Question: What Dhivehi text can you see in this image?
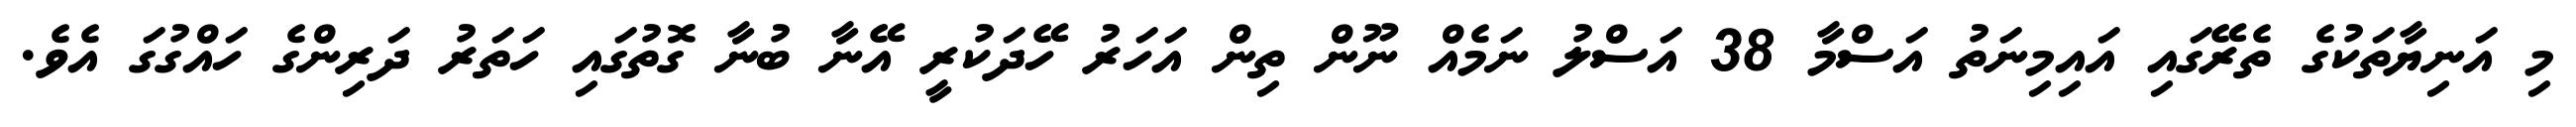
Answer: މި އަނިޔާތަކުގެ ތެރޭގައި އައިމިނަތު އަސްމާ 38 އަސްލު ނަމެއް ނޫން ތިން އަހަރު ހޭދަކުރީ އޭނާ ބުނާ ގޮތުގައި ހަތަރު ދަރިންގެ ހައްގުގަ އެވެ.